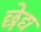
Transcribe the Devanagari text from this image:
छेद्य